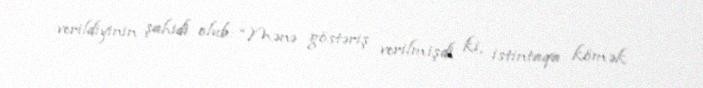
verildiyinin şahidi olub: “Mənə göstəriş verilmişdi ki, istintaqa kömək